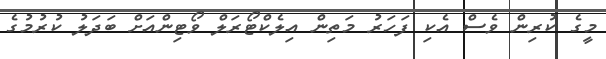
މީގެ ކުރިން ވެސް އެކި ފަހަރު މަތިން އިލެކްޓޯރަލް ވޯޓިންއަށް ބަދަލު ކުރުމުގެ